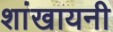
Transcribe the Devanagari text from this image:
शांखायनी